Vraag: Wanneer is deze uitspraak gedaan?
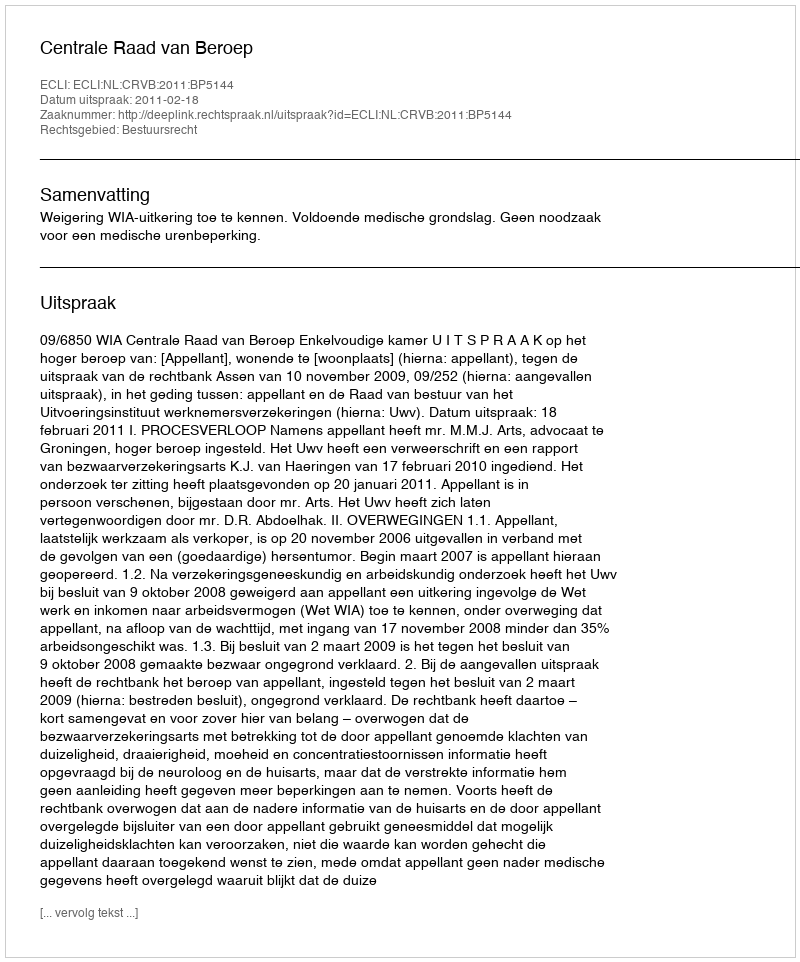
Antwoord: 2011-02-18